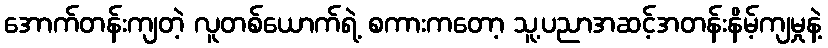
အောက်တန်းကျတဲ့ လူတစ်ယောက်ရဲ့ စကားကတော့ သူ့ပညာအဆင့်အတန်းနိမ့်ကျမှုနဲ့